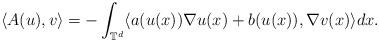
LaTeX: \begin{align*}\langle A(u), v \rangle = - \int_{\mathbb{T}^d} \langle a(u(x)) \nabla u(x) + b(u(x)), \nabla v(x) \rangle dx .\end{align*}